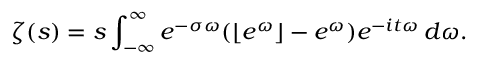
\zeta ( s ) = s \int _ { - \infty } ^ { \infty } e ^ { - \sigma \omega } ( \lfloor e ^ { \omega } \rfloor - e ^ { \omega } ) e ^ { - i t \omega } \, d \omega .